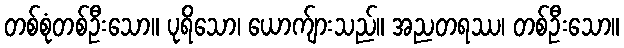
တစ်စုံတစ်ဦးသော။ ပုရိသော၊ ယောက်ျားသည်။ အညတရဿ၊ တစ်ဦးသော။